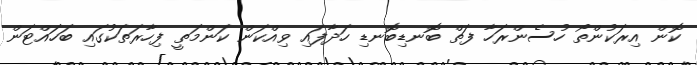
ކޮން އިރަކުންތޯ ހުސެންރަހާ ފަތް ބޮނޑިބޮނޑި ހަދާފައި ވިއްކަން ކަންމަތީ ފިހާރަތަކުގައި ބަހައްޓަން